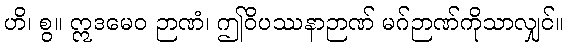
ဟိ၊ စွ။ ဣဒမေဝ ဉာဏံ၊ ဤဝိပဿနာဉာဏ် မဂ်ဉာဏ်ကိုသာလျှင်။